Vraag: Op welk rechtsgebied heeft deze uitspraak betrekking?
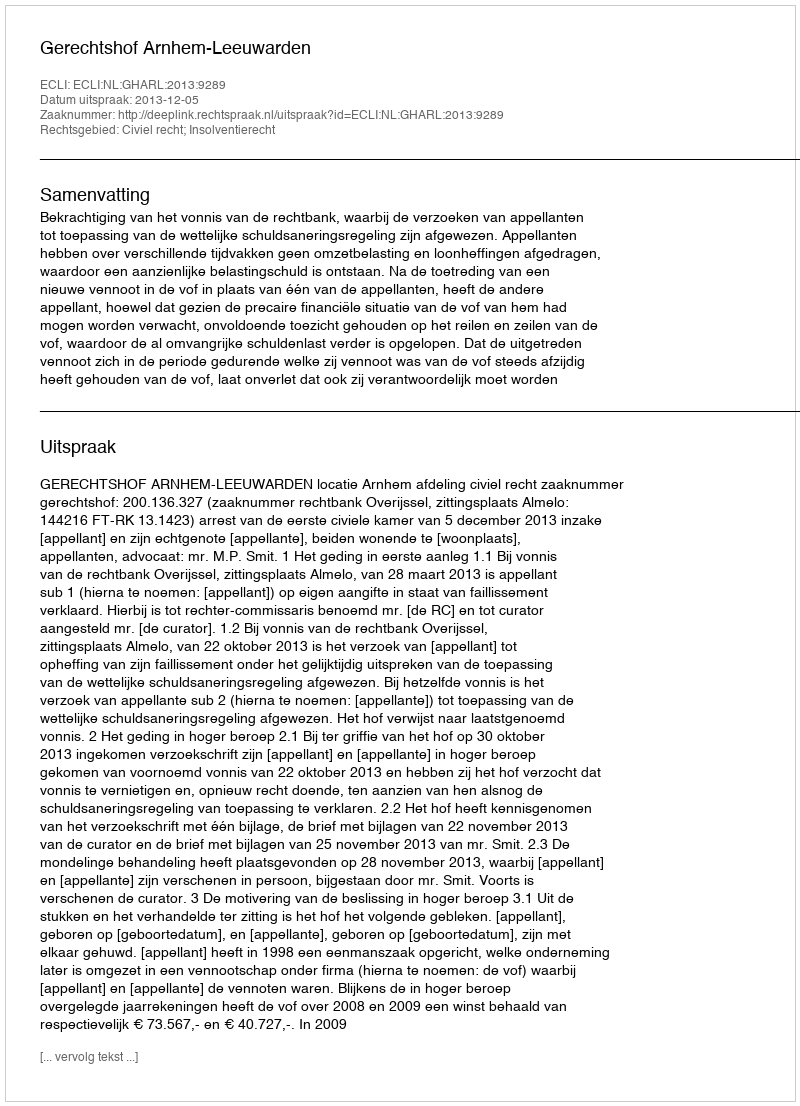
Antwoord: Civiel recht; Insolventierecht